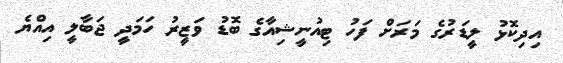
އިދިކޮޅު ލީޑަރުގެ މަރަށް ފަހު ޓިއުނީޝިއާގެ ބޮޑު ވަޒީރު ހަމަދީ ޖަބާލީ އިއްޔެ